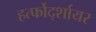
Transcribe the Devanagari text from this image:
हर्त्फोर्द्शायर